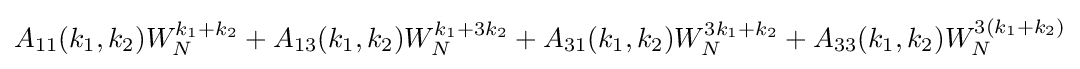
A_{11}(k_{1},k_{2})W_{N}^{k_{1}+k_{2}}+A_{13}(k_{1},k_{2})W_{N}^{k_{1}+3k_{2}}+A_{31}(k_{1},k_{2})W_{N}^{3k_{1}+k_{2}}+A_{33}(k_{1},k_{2})W_{N}^{3(k_{1}+k_{2})}